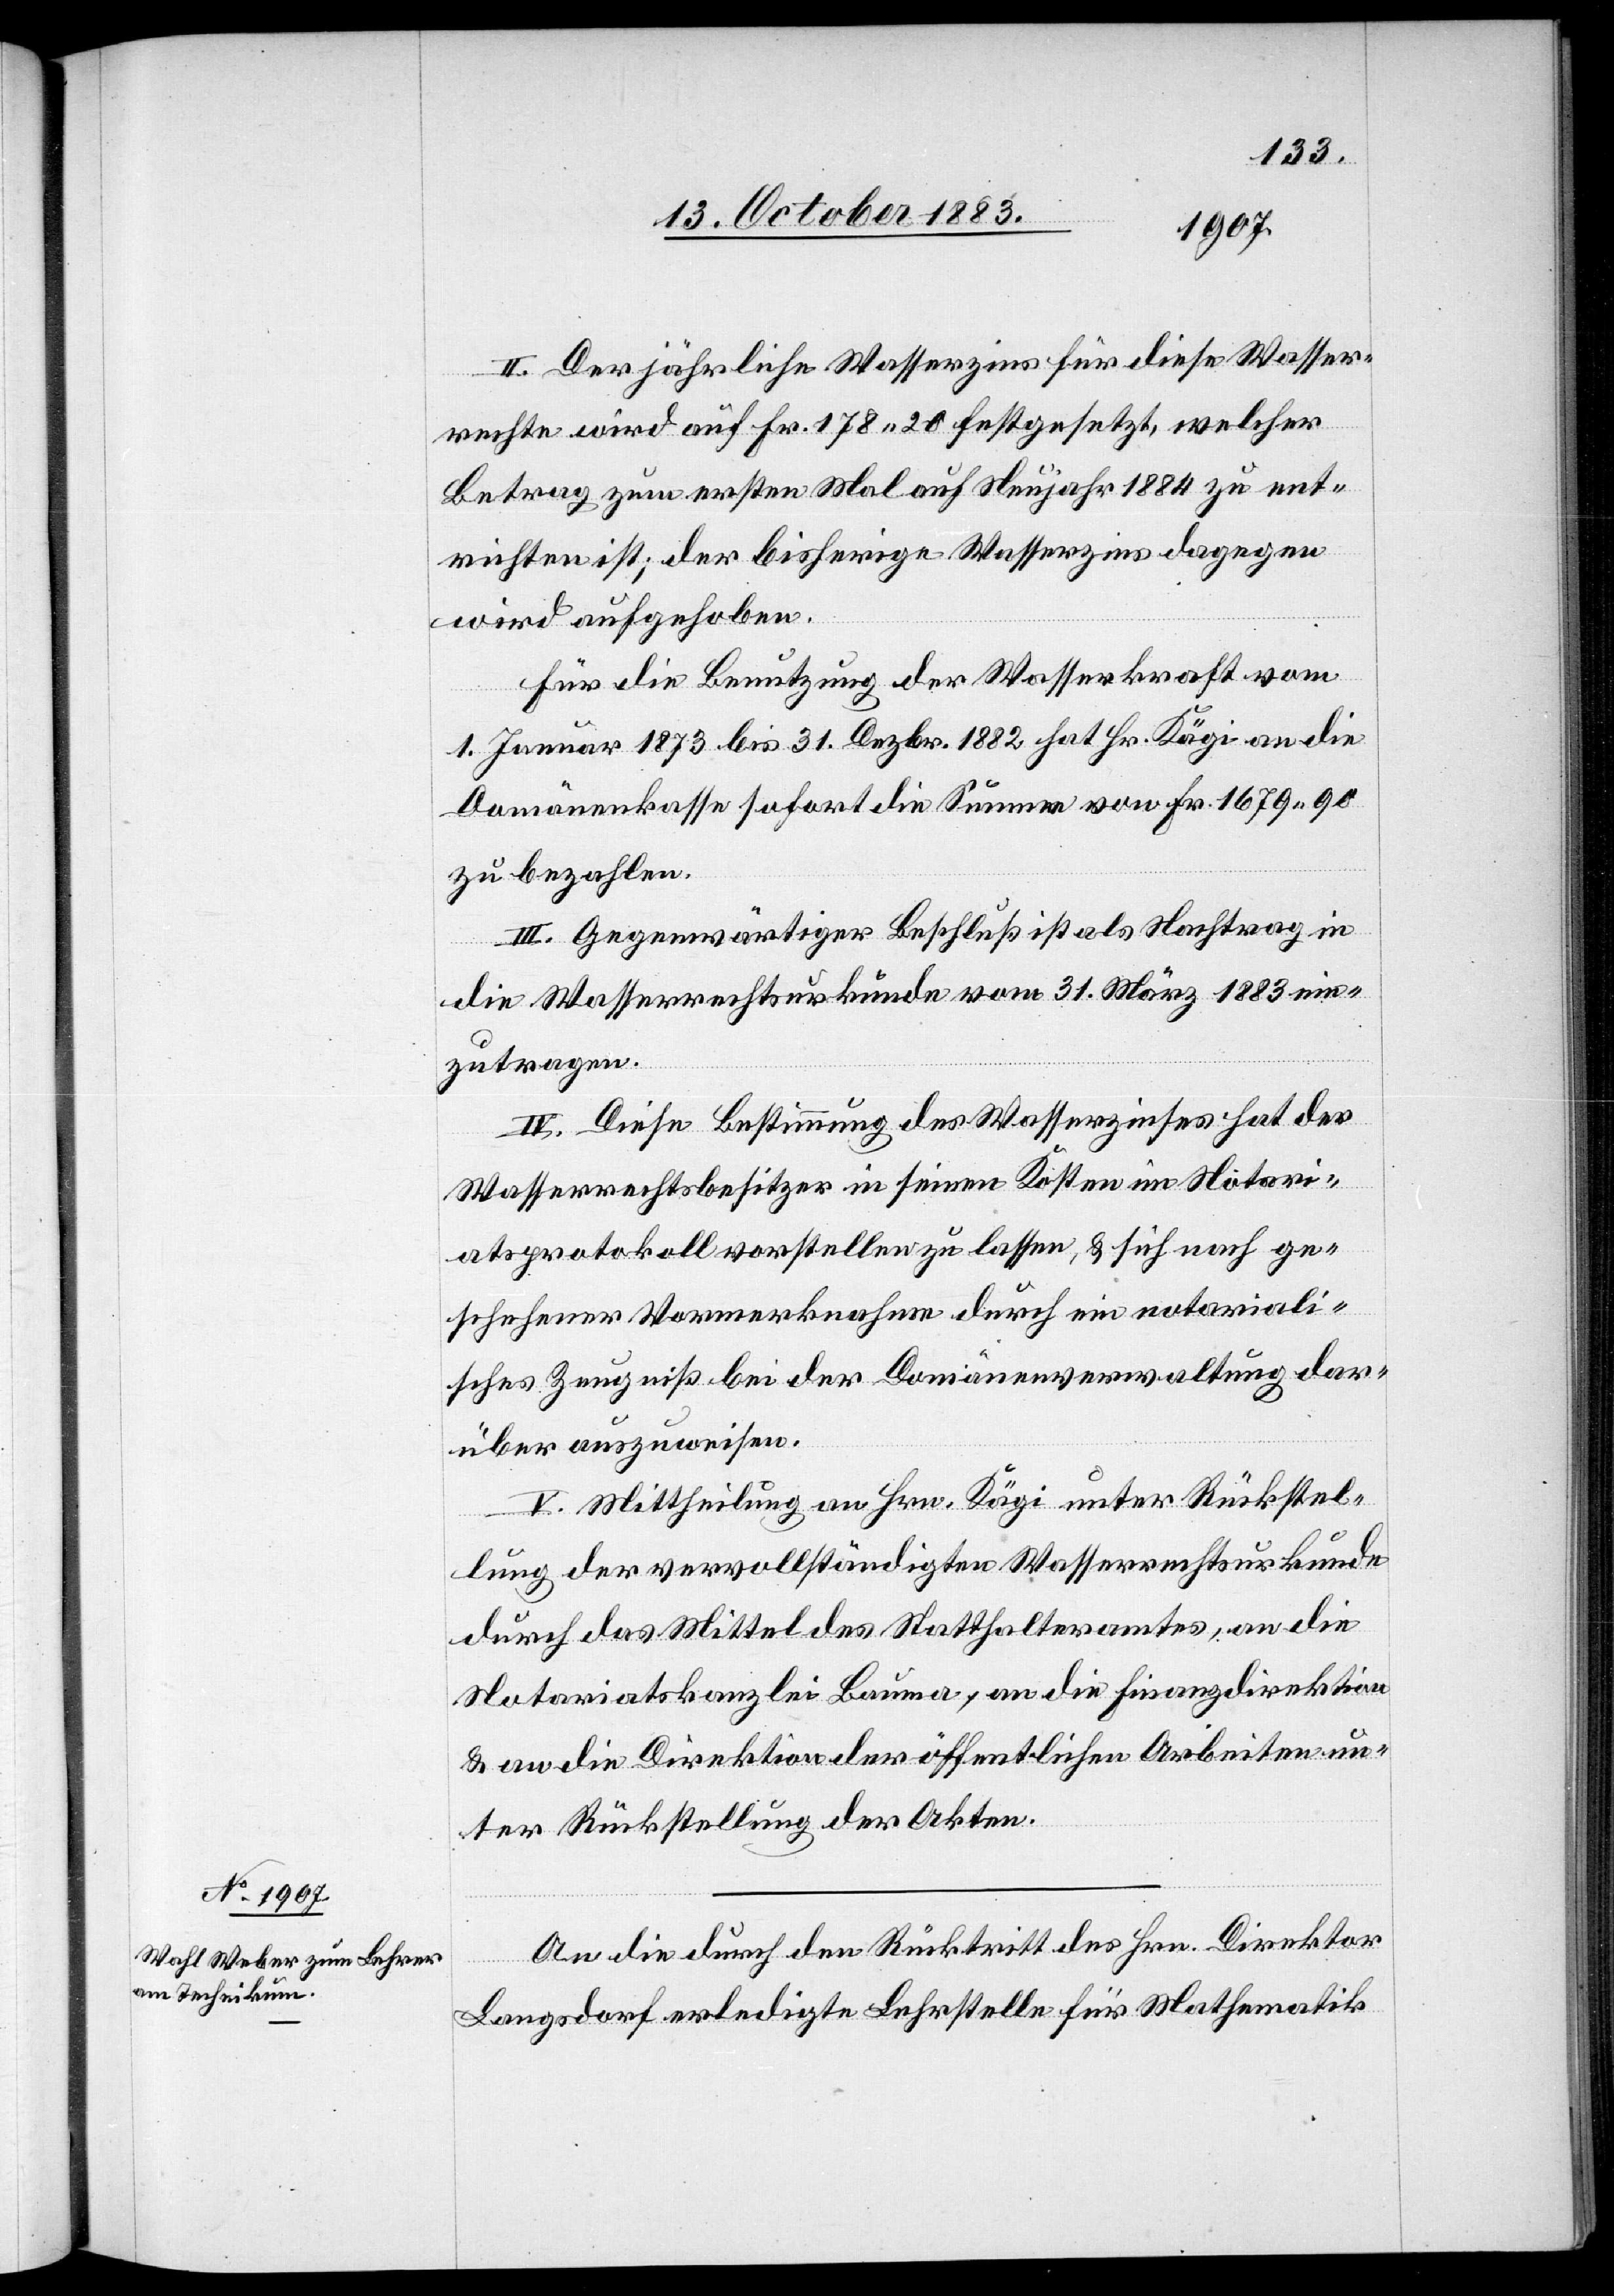
II. Der jährlich Wasserzins für diese Wasser¬
rechte wird auf Fr. 178 20 festgesetzt, welcher
Betrag zum ersten Mal auf Neujahr 1884 zu ent¬
richten ist, der bisherige Wasserzins dagegen
wird aufgehoben.
Für die Benutzung der Wasserkraft vom
1. Januar 1873 bis 31. Dezbr. 1882 hat Hr. Kägi an die
Domänenkasse sofort die Summe von Fr. 1679 90
zu bezahlen.
III. Gegenwärtiger Beschluß ist als Nachtrag in
die Wasserrechtsurkunde vom 31. März 1883 ein¬
zutragen.
IV. Diese Bestimmung des Wasserzinses hat der
Wasserrechtsbesitzer in seinen Kosten im Notari¬
atsprotokoll vorstellen zu lassen, & sich nach ge¬
schehener Vormerknahme durch ein notariali¬
sches Zeugniß bei der Domänenverwaltung dar¬
über auszuweisen.
V. Mittheilung an Hrn. Kägi unter Rückstel¬
lung der vervollständigten Wasserrechtsurkunde
durch das Mittel des Statthalteramtes, an die
Notariatskanzlei Bauma, an die Finanzdirektion
& an die Direktion der öffentlichen Arbeiten un¬
ter Rückstellung der Akten.
An die durch den Rücktritt des Hrn. Direktor
Langsdorf erledigte Lehrstelle für Mathematik